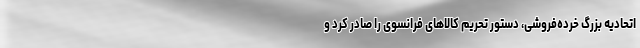
اتحادیه بزرگ خرده‌فروشی، دستور تحریم کالاهای فرانسوی را صادر کرد و